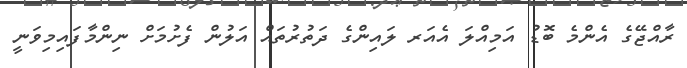
ރާއްޖޭގެ އެންމެ ބޮޑު އަމިއްލަ އެއަރ ލައިންގެ ދަތުރުތައް އަލުން ފެށުމަށް ނިންމާފައިމިވަނީ